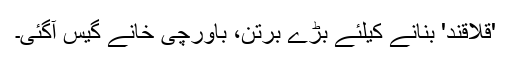
'قلاقند' بنانے کیلئے بڑے برتن، باورچی خانے گیس آگئی۔